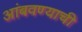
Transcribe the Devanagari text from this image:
आंबवण्याची